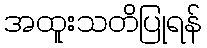
အထူးသတိပြုရန်